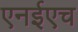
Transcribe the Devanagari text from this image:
एनईएच